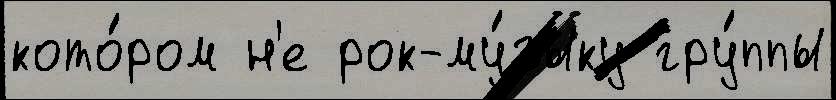
кото́ром н'е рок-му́зыку гру́ппы